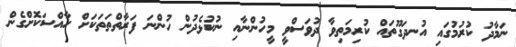
ނަމާދު ކުރުމުގައި އުނދަގޫތައް ކުރިމަތިވާ ދުވަސްވީ މީހުންނާއި ނުކުޅެދުން ހުންނަ ފަރާތްތަތަކަށް ހާއްސަކޮށްގެން